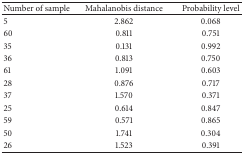
| Number of sample | Mahalanobis distance | Probability level |
 | --- | --- | --- |
 | 5 | 2.862 | 0.068 |
 | 60 | 0.811 | 0.751 |
 | 35 | 0.131 | 0.992 |
 | 36 | 0.813 | 0.750 |
 | 61 | 1.091 | 0.603 |
 | 28 | 0.876 | 0.717 |
 | 37 | 1.570 | 0.371 |
 | 25 | 0.614 | 0.847 |
 | 59 | 0.571 | 0.865 |
 | 50 | 1.741 | 0.304 |
 | 26 | 1.523 | 0.391 |